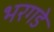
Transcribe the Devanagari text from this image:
भरगडे